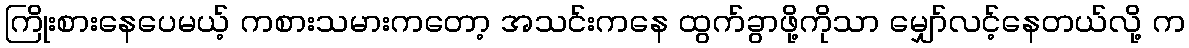
ကြိုးစားနေပေမယ့် ကစားသမားကတော့ အသင်းကနေ ထွက်ခွာဖို့ကိုသာ မျှော်လင့်နေတယ်လို့ က